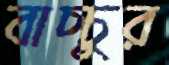
বাচ্চুর